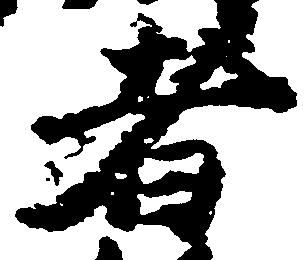
者